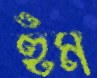
হুঁম